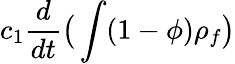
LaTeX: c_{1}\frac{d}{dt}\big(\int(1-\phi)\rho_{f}\big)